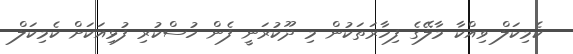
ކެމިކަލް ވިއްކާ މާލޭގެ ފިހާރަތަކުން މި ދޫކުރަނީ ފެން ހުސްކުރި ފުޅިއަކަށް ކެމިކަލް